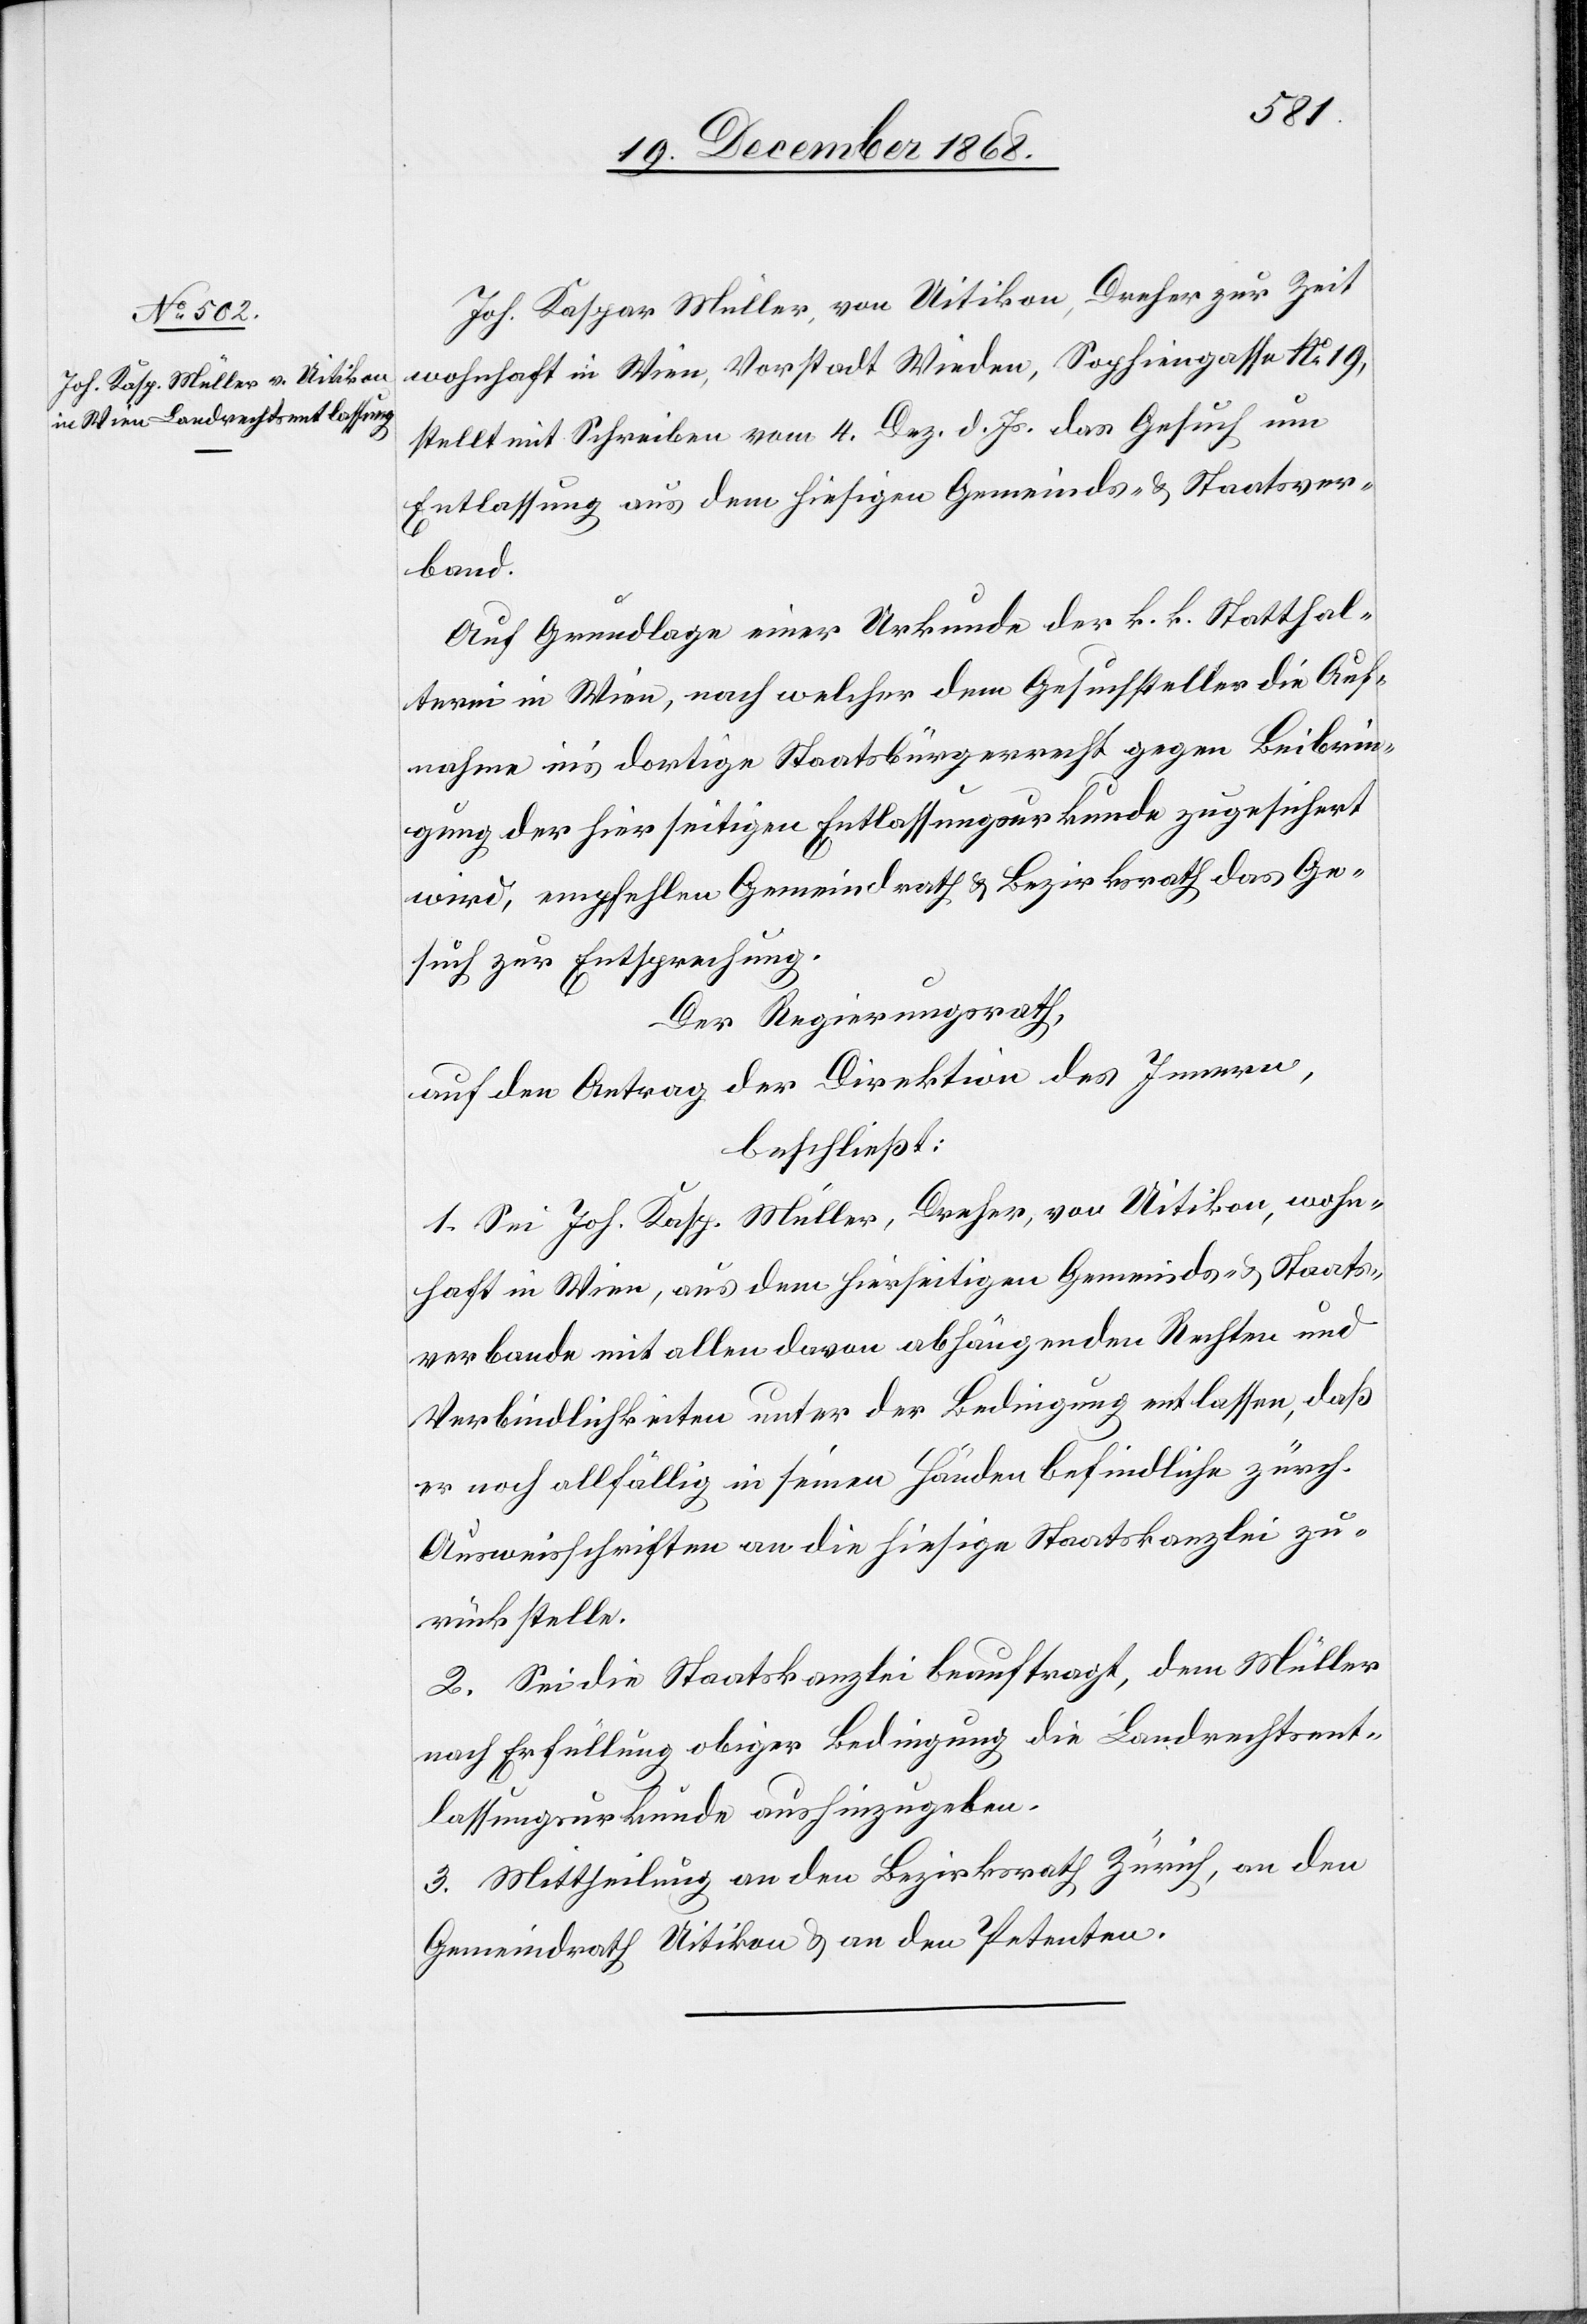
Joh. Kaspar Müller, von Uitikon, Dreher zur Zeit
wohnhaft in Wien, Vorstadt Wieden, Sophiengasse No 19,
stellt mit Schreiben vom 4. Dez. d. Js. das Gesuch um
Entlassung aus dem hiesigen Gemeinds- & Staatsver¬
band.
Auf Grundlage einer Urkunde der k. k. Statthal¬
terei in Wien, nach welcher dem Gesuchsteller die Auf¬
nahme in’s dortige Staatsbürgerrecht gegen Beibrin¬
gung der hierseitigen Entlassungsurkunde zugesichert
wird, empfehlen Gemeindrath & Bezirksrath das Ge¬
such zur Entsprechung.
Der Regierungsrath,
auf den Antrag der Direktion des Innern,
beschließt:
1. Sei Joh. Kasp. Müller, Dreher, von Uitikon, wohn¬
haft in Wien, aus dem hierseitigen Gemeinds- & Staats¬
verbande mit allen davon abhängenden Rechten und
Verbindlichkeiten unter der Bedingung entlassen, daß
er noch allfällig in seinen Händen befindliche zürch.
Ausweisschriften an die hiesige Staatskanzlei zu¬
rückstelle.
2. Sei die Staatskanzlei beauftragt, dem Müller
nach Erfüllung obiger Bedingung die Landrechtsent¬
lassungsurkunde aushinzugeben.
3. Mittheilung an den Bezirksrath Zürich, an den
Gemeindrath Uitikon & an den Petenten.